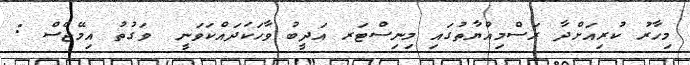
މިހާރު ކުރިއަށްދާ ރަސްމިއްޔާތުގައި މިނިސްޓަރ އަދީބު ވާހަކަދައްކަވަނީ  ވަގުތު އިމޭޖެސް :